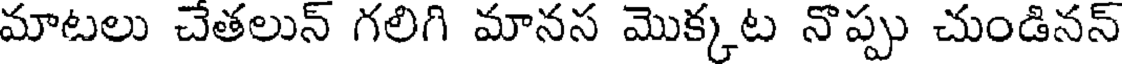
మాటలు చేతలున్ గలిగి మానస మొక్కట నొప్పు చుండినన్